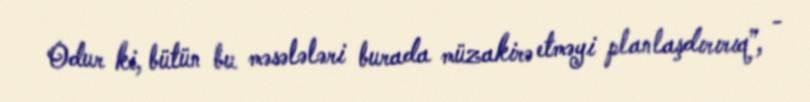
Odur ki, bütün bu məsələləri burada müzakirə etməyi planlaşdırırıq”, -